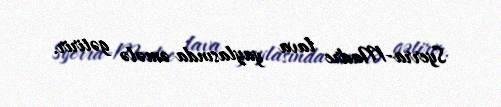
Syerra-Madre lava yaylasında əmələ gətirir.